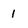
Character: 1